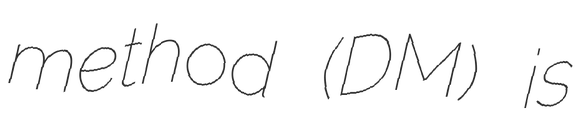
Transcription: method (DM) is